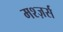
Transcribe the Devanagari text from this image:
मश्ज़र्स